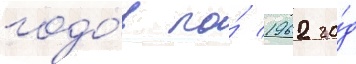
годо́в по́ 1962 го́д